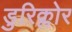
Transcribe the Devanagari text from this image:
डुरिक्लोर